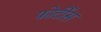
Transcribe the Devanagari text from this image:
फोर्टीस